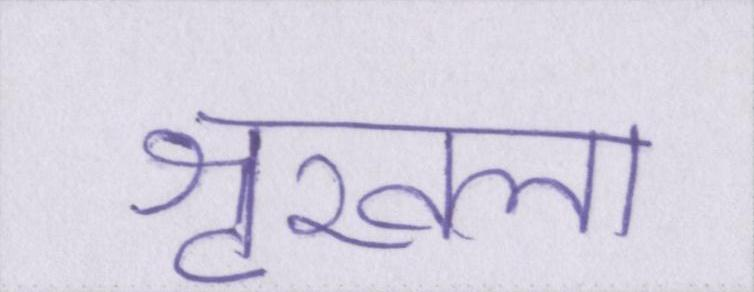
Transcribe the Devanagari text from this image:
शृखला